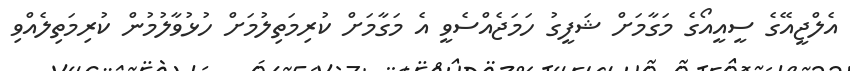
އެލްޖީއޭގެ ސީއީއޯގެ މަގާމަށް ޝަފީގު ހަމަޖެއްސެވީ އެ މަގާމަށް ކުރިމަތިލުމަށް ހުޅުވާލުމުން ކުރިމަތިލެއްވި